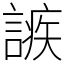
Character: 𧪠